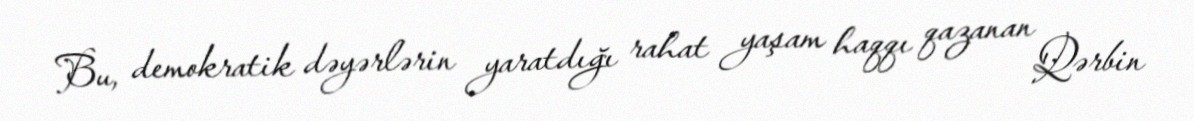
Bu, demokratik dəyərlərin yaratdığı rahat yaşam haqqı qazanan Qərbin